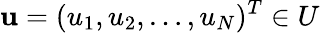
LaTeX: \mathbf{u}=(u_{1},u_{2},\ldots,u_{N})^{T}\in U